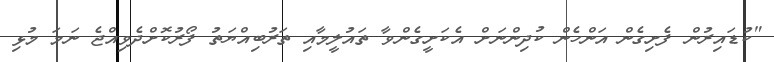
"ކުޑައިރުން ފެށިގެން އަންހެން ކުދިންނަަށް އެކަށީގެންވާ ތައުލީމާއި ތަރުބިއްޔަތު ފޯރުކޮށްދެވިއްޖެ ނަމަ މުޅި